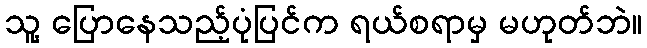
သူ့ ပြောနေသည့်ပုံပြင်က ရယ်စရာမှ မဟုတ်ဘဲ။